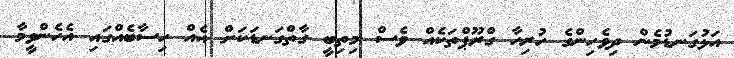
އަޅުގަނޑުމެން ދިވެހިންގެ ހުރިހާ ގްރޫޕްތަކެއް ވެސް މިތިބީ ގާތްގަނޑަކަށް އެއް ހިސާބެއްގައި އެހެންވީމާ